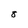
Character: 8